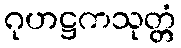
ဂုဟဋ္ဌကသုတ္တံ